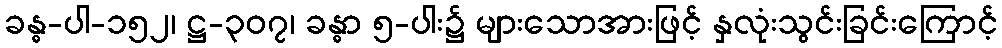
ခန္ဓ-ပါ-၁၅၂၊ ဋ္ဌ-၃၀၇၊ ခန္ဓာ ၅-ပါး၌ များသောအားဖြင့် နှလုံးသွင်းခြင်းကြောင့်